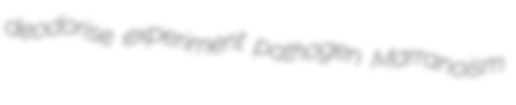
deodorise experiment pathogen Marranoism